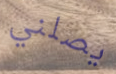
يصلني